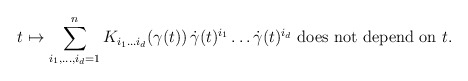
\begin{align*} t\mapsto \sum_{i_1,\dots,i_d=1}^n K_{i_1...i_d}(\gamma(t))\,\dot\gamma(t)^{i_1} \dots \dot\gamma(t)^{i_d} \ \textrm{does not depend on $t$}. \end{align*}